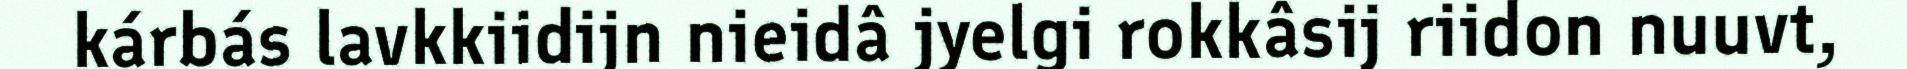
kárbás lavkkiidijn nieidâ jyelgi rokkâsij riidon nuuvt,